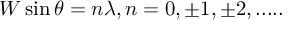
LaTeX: W \sin \theta = n \lambda , n = 0 , \pm 1 , \pm 2 , . . . . .